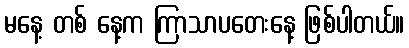
မနေ့ တစ် နေ့က ကြာသာပတေးနေ့ ဖြစ်ပါတယ်။